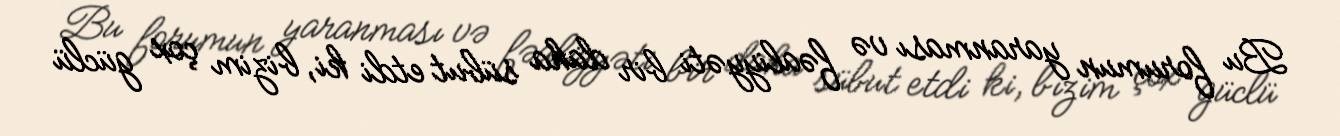
Bu forumun yaranması və fəaliyyəti bir daha sübut etdi ki, bizim çox güclü